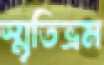
স্মৃতিভ্রম